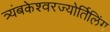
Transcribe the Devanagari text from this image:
त्र्यंबकेश्‍वरज्योर्तिलिंग